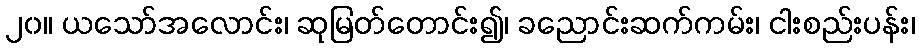
၂၀။ ယသော်အလောင်း၊ ဆုမြတ်တောင်း၍၊ ခညောင်းဆက်ကမ်း၊ ငါးစည်းပန်း၊